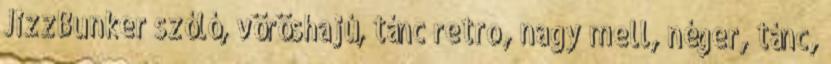
JizzBunker szóló, vöröshajú, tánc retro, nagy mell, néger, tánc,